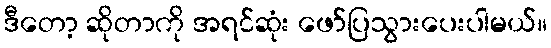
ဒီတော့ ဆိုတာကို အရင်ဆုံး ဖော်ပြသွားပေးပါမယ်။